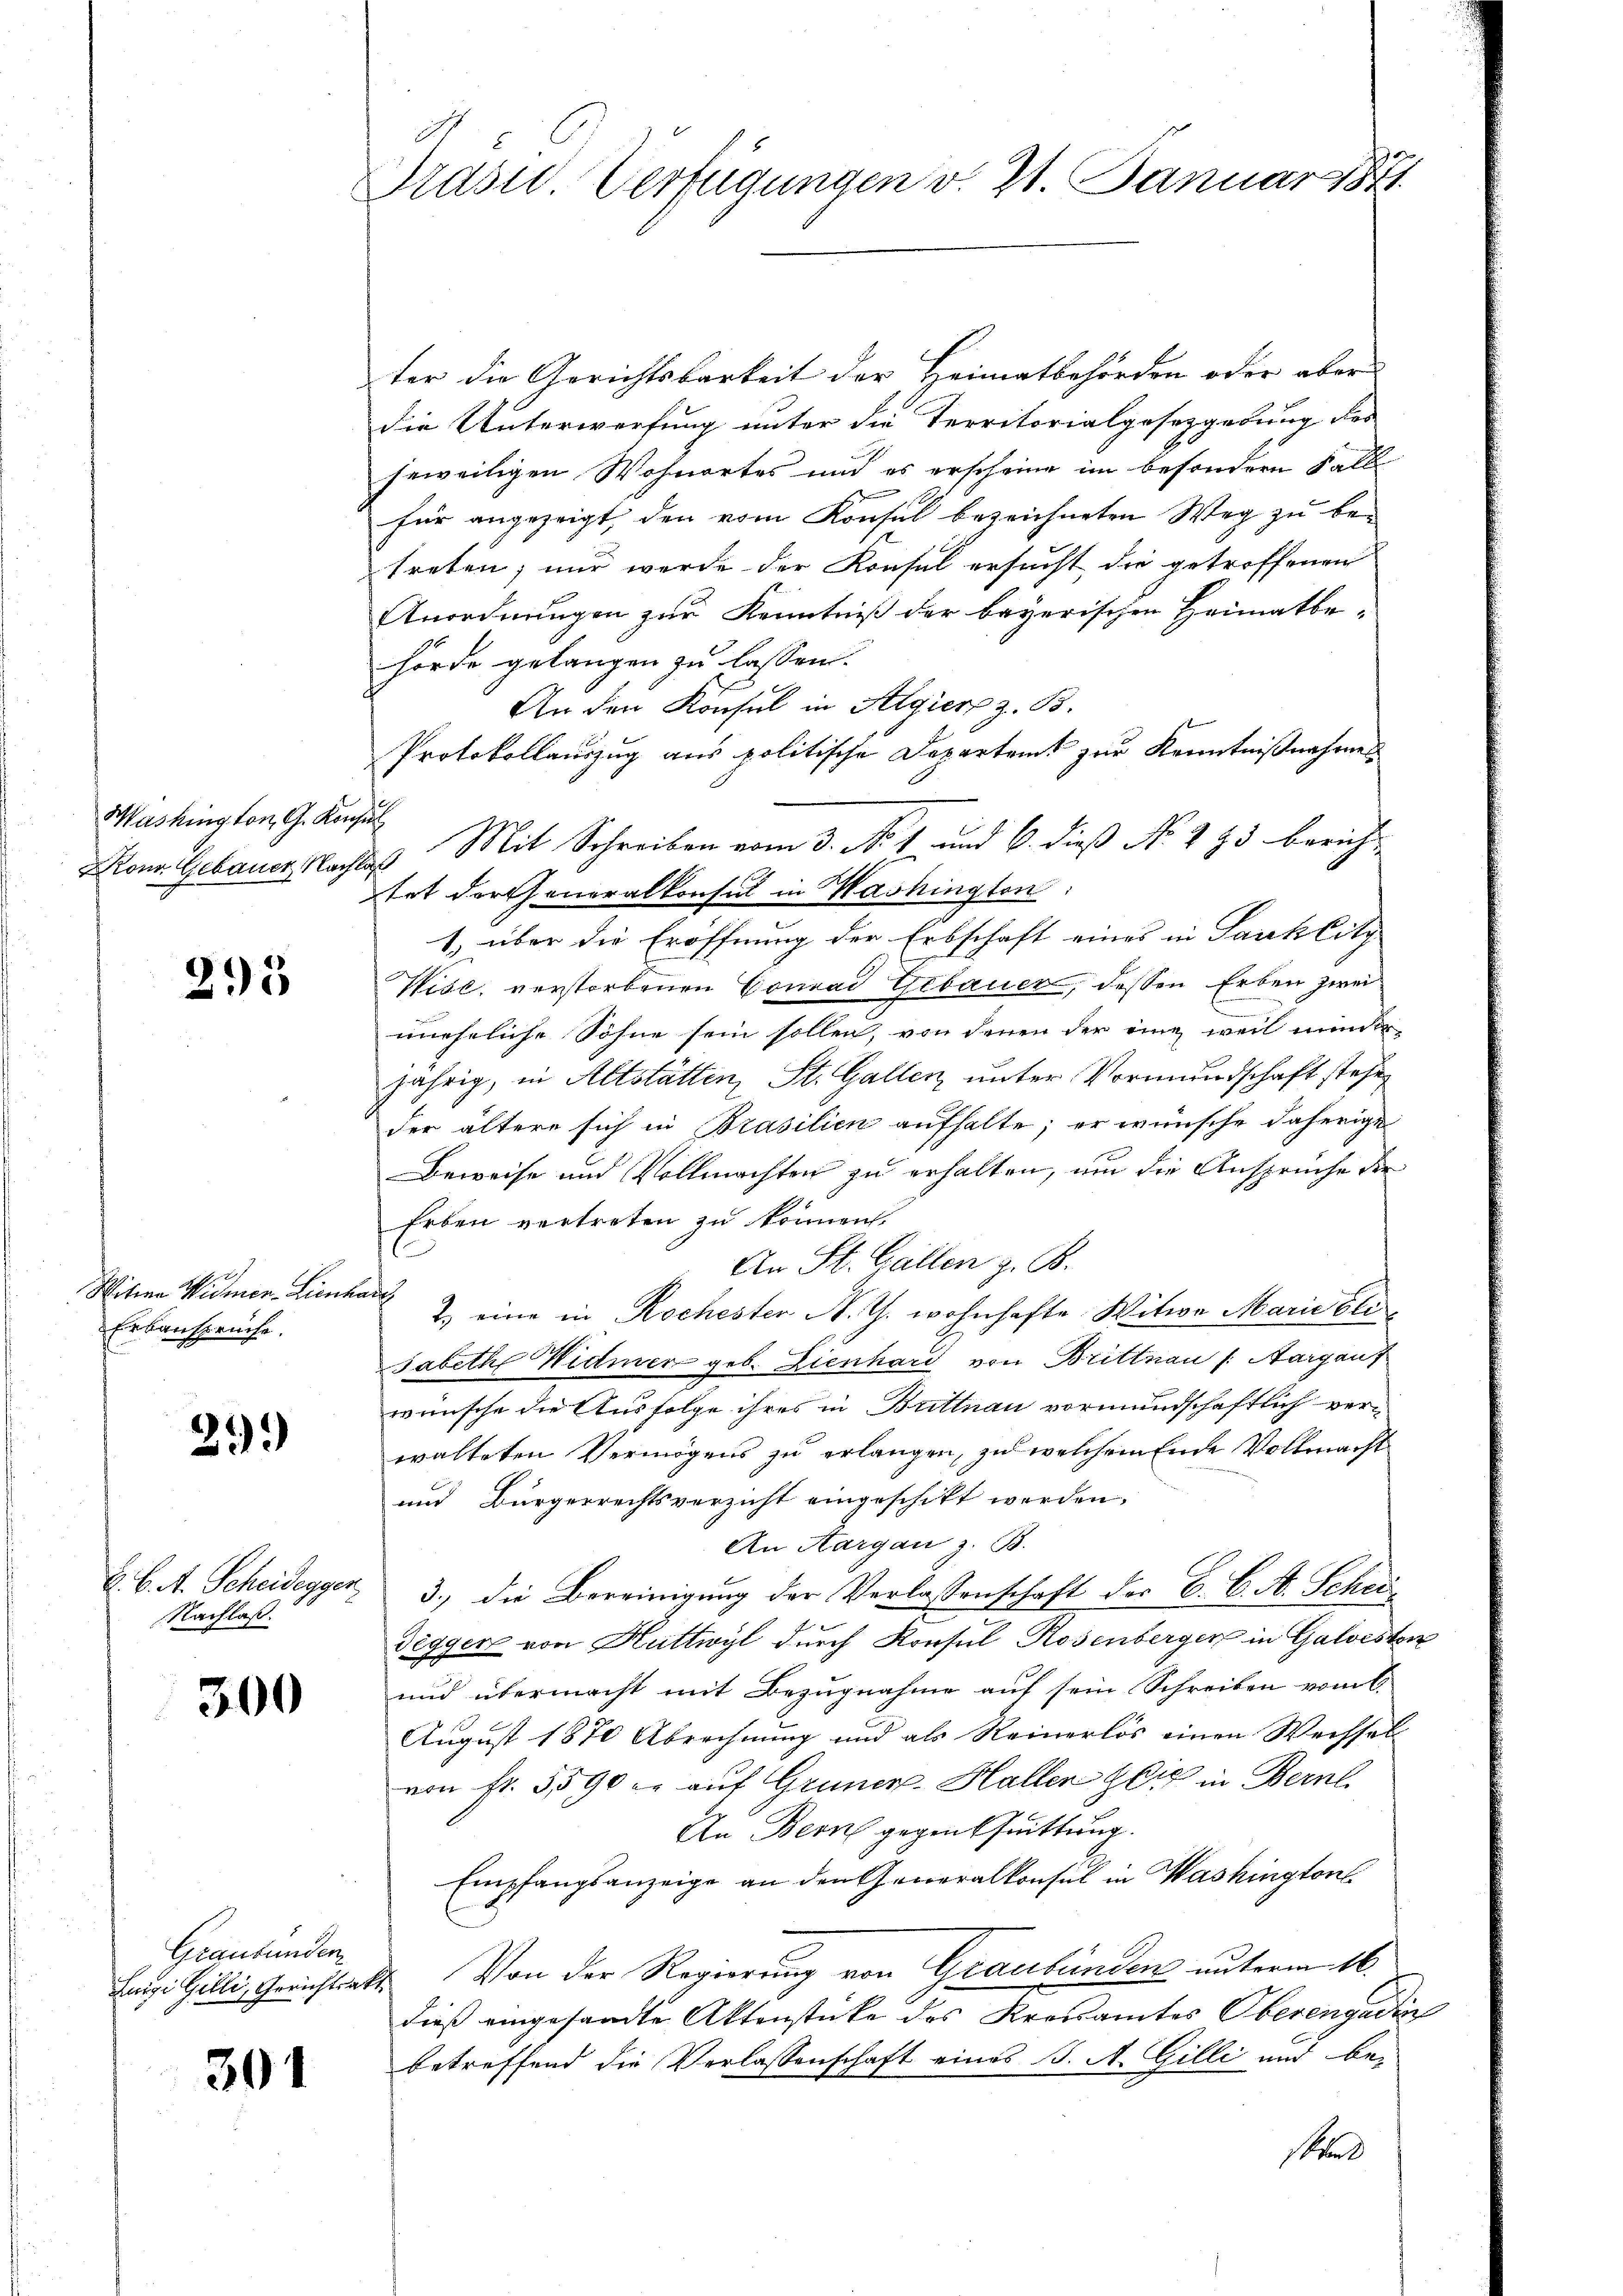
Mashington G. Konsul
Krons Gebauer Nach

295

Witia Wimen-Lienh
Erbansprüche.

29.)

Nachlaß.

300

Graubünden
Luigi Gilli, Gerichtsakte

301

Prast. Verfügungen v. 21. Januar 18

ter die Gerichtsbarkeit der Heimatbehörden oder aber
die Unterwerfung unter die Territorialgesetzgebung des
feweiligen Wohnortes und es erscheine im besondern Fall
für angezeigt, den vom Konsul bezeichneten Weg zu betreten; nur werde der Konsul ersucht die getroffenen
Anordnungen zur Kenntniß der bayerischen Heimatbe-
hörde gelangen zu lassen.
An den Konsul in Algier z. B.
Protokollauszug aus politische Departeit zur Kenntnißnahmen
Mit Schreiben vom 3. No. 1 und 6. dieß No. 293 bericht
d
tet dartheneralkonsul in Washington:
1. über die Eröffnung der Erbschaft eines in Sachlitz
Wise, verstorbenen Conrad Gebauer, dessen Erben zwei
uneheliche Söhne sein sollen, von denen der eine, weil minderjährig, in Altstätten, St. Gallen, unter Vormundschaft stehe
der ältere sich in Brasilien aufhalte; er wünsche daherige
Beweise und Vollmachten zu erhalten, um die Ansprüche die
Erben vertreten zu können.
An St. Gallen z. B.
a
2.) eine in Rochester N. Th. wohnhafte Witwe Marie bli
sabethe Widmer geb. Lienhard von Brittnau (Aargauf
wünsche die Ausfolge ihres in Buttnau vormundschaftlich verwalteten Vermögens zu erlangen, zu welchem Ende Vollmacht
und Bürgerrechtsverzicht eingeschikt werden.
An Aargau z. B.
E. C. A. Scheidegger, 3. die Bereinigung der Verlassenschaft des C. C. A. Schri
Tegger von Huttwyl durch Konsul Rosenberger in Galvesten
und übermacht mit Bezugnahme auf sein Schreiben vom 6.
August 1870 Abrechnung und als Reinerlös einen Wechsel
von fr. 5590 u. auf Gruner-Hallen Glig in Bern
An Bern gegenschnittung.
Empfangsanzeige an den Generalkonsul in Washingtons
Von der Regierung von Graubünden unterm 16.
dieß eingesandte Aktenstücke des Kreisamtes Oberengadin
betreffend die Verlassenschaft eines J. A. Gilli und be-
stand